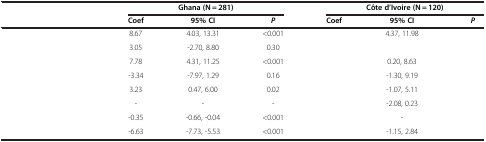
<table><thead><tr><td>[EMPTY_CELL]</td><td colspan="3"><b>Ghana (N = 281)</b></td><td colspan="3"><b>Côte d’Ivoire (N = 120)</b></td></tr><tr><td>[EMPTY_CELL]</td><td><b>Coef</b></td><td><b>95% CI</b></td><td><b><i>P</i></b></td><td><b>Coef</b></td><td><b>95% CI</b></td><td><b><i>P</i></b></td></tr></thead><tbody><tr><td>[EMPTY_CELL]</td><td>8.67</td><td>4.03, 13.31</td><td>&lt;0.001</td><td>[EMPTY_CELL]</td><td>4.37, 11.98</td><td>[EMPTY_CELL]</td></tr><tr><td>[EMPTY_CELL]</td><td>3.05</td><td>-2.70, 8.80</td><td>0.30</td><td>[EMPTY_CELL]</td><td>[EMPTY_CELL]</td><td>[EMPTY_CELL]</td></tr><tr><td>[EMPTY_CELL]</td><td>7.78</td><td>4.31, 11.25</td><td>&lt;0.001</td><td>[EMPTY_CELL]</td><td>0.20, 8.63</td><td>[EMPTY_CELL]</td></tr><tr><td>[EMPTY_CELL]</td><td>-3.34</td><td>-7.97, 1.29</td><td>0.16</td><td>[EMPTY_CELL]</td><td>-1.30, 9.19</td><td>[EMPTY_CELL]</td></tr><tr><td>[EMPTY_CELL]</td><td>3.23</td><td>0.47, 6.00</td><td>0.02</td><td>[EMPTY_CELL]</td><td>-1.07, 5.11</td><td>[EMPTY_CELL]</td></tr><tr><td>[EMPTY_CELL]</td><td>-</td><td>-</td><td>-</td><td>[EMPTY_CELL]</td><td>-2.08, 0.23</td><td>[EMPTY_CELL]</td></tr><tr><td>[EMPTY_CELL]</td><td>-0.35</td><td>-0.66, -0.04</td><td>&lt;0.001</td><td>[EMPTY_CELL]</td><td>-</td><td>[EMPTY_CELL]</td></tr><tr><td>[EMPTY_CELL]</td><td>-6.63</td><td>-7.73, -5.53</td><td>&lt;0.001</td><td>[EMPTY_CELL]</td><td>-1.15, 2.84</td><td>[EMPTY_CELL]</td></tr></tbody></table>